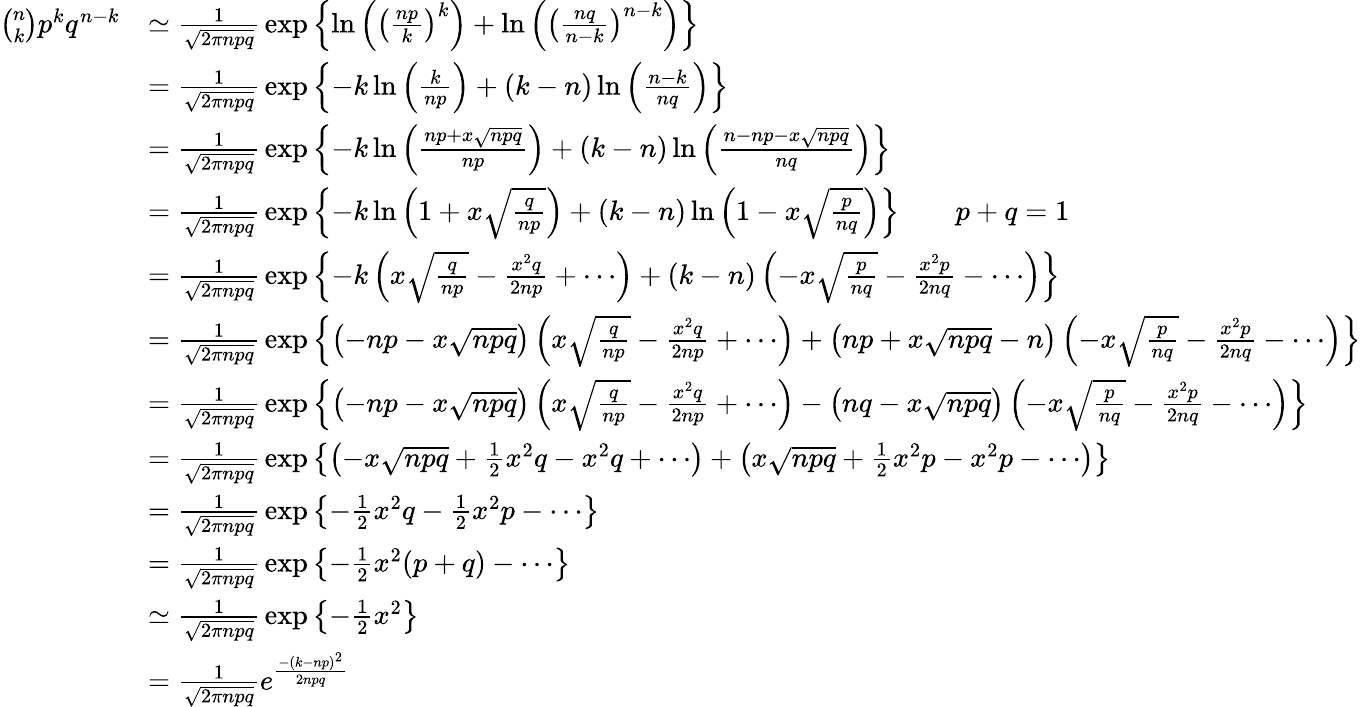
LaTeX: {\begin{array}{rl}{{\binom{n}{k}}p^{k}q^{n-k}}&{\simeq{\frac{1}{\sqrt{2\pi npq}}}\exp\left\{ \ln\left(\left({\frac{np}{k}}\right)^{k}\right)+\ln\left(\left({\frac{nq}{n-k}}\right)^{n-k}\right)\right\} }\\ &{={\frac{1}{\sqrt{2\pi npq}}}\exp\left\{ -k\ln\left({\frac{k}{np}}\right)+(k-n)\ln\left({\frac{n-k}{nq}}\right)\right\} }\\ &{={\frac{1}{\sqrt{2\pi npq}}}\exp\left\{ -k\ln\left({\frac{np+x{\sqrt{npq}}}{np}}\right)+(k-n)\ln\left({\frac{n-np-x{\sqrt{npq}}}{nq}}\right)\right\} }\\ &{={\frac{1}{\sqrt{2\pi npq}}}\exp\left\{ -k\ln\left({1+x{\sqrt{\frac{q}{np}}}}\right)+(k-n)\ln\left({1-x{\sqrt{\frac{p}{nq}}}}\right)\right\} \qquad p+q=1}\\ &{={\frac{1}{\sqrt{2\pi npq}}}\exp\left\{ -k\left({x{\sqrt{\frac{q}{np}}}}-{\frac{x^{2}q}{2np}}+\cdots\right)+(k-n)\left({-x{\sqrt{\frac{p}{nq}}}-{\frac{x^{2}p}{2nq}}}-\cdots\right)\right\} }\\ &{={\frac{1}{\sqrt{2\pi npq}}}\exp\left\{ \left(-np-x{\sqrt{npq}}\right)\left({x{\sqrt{\frac{q}{np}}}}-{\frac{x^{2}q}{2np}}+\cdots\right)+\left(np+x{\sqrt{npq}}-n\right)\left(-x{\sqrt{\frac{p}{nq}}}-{\frac{x^{2}p}{2nq}}-\cdots\right)\right\} }\\ &{={\frac{1}{\sqrt{2\pi npq}}}\exp\left\{ \left(-np-x{\sqrt{npq}}\right)\left(x{\sqrt{\frac{q}{np}}}-{\frac{x^{2}q}{2np}}+\cdots\right)-\left(nq-x{\sqrt{npq}}\right)\left(-x{\sqrt{\frac{p}{nq}}}-{\frac{x^{2}p}{2nq}}-\cdots\right)\right\} }\\ &{={\frac{1}{\sqrt{2\pi npq}}}\exp\left\{ \left(-x{\sqrt{npq}}+{\frac{1}{2}}x^{2}q-x^{2}q+\cdots\right)+\left(x{\sqrt{npq}}+{\frac{1}{2}}x^{2}p-x^{2}p-\cdots\right)\right\} }\\ &{={\frac{1}{\sqrt{2\pi npq}}}\exp\left\{ -{\frac{1}{2}}x^{2}q-{\frac{1}{2}}x^{2}p-\cdots\right\} }\\ &{={\frac{1}{\sqrt{2\pi npq}}}\exp\left\{ -{\frac{1}{2}}x^{2}(p+q)-\cdots\right\} }\\ &{\simeq{\frac{1}{\sqrt{2\pi npq}}}\exp\left\{ -{\frac{1}{2}}x^{2}\right\} }\\ &{={\frac{1}{\sqrt{2\pi npq}}}e^{\frac{-(k-np)^{2}}{2npq}}}\end{array}}